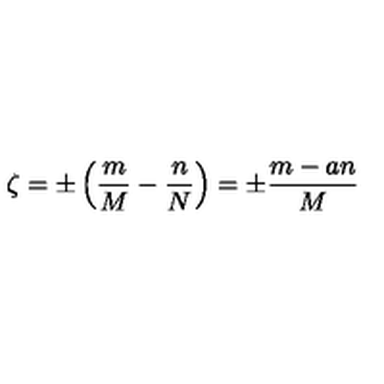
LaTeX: \zeta = \pm \left( \frac { m } { M } - \frac { n } { N } \right) = \pm \frac { m - a n } { M }